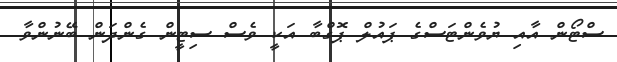
ސްޓޯން އާއި ޔުވެންޓަސްގެ ޕައުލް ޕޮގްބާ އަކީ ވެސް ސިޓީން ގެންދަން ބޭނުންވާ